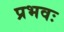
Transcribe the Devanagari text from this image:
प्रभवः